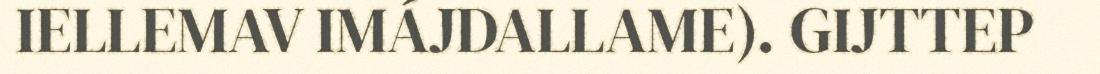
IELLEMAV IMÁJDALLAME). GIJTTEP